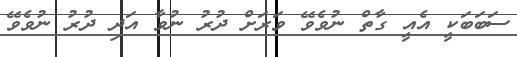
ސަބަބަކީ އެއީ ގާތް ނުވެވޭ ވަރަށް ދުރު ނުވާ އަދި ދުރު ނުވެވޭ